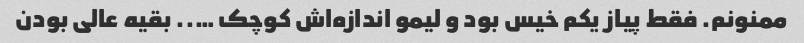
ممنونم. فقط پیاز یکم خیس بود و لیمو اندازه‌اش کوچک ….. بقیه عالی بودن